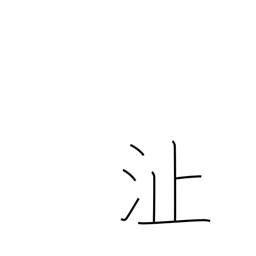
Meaning: shoal